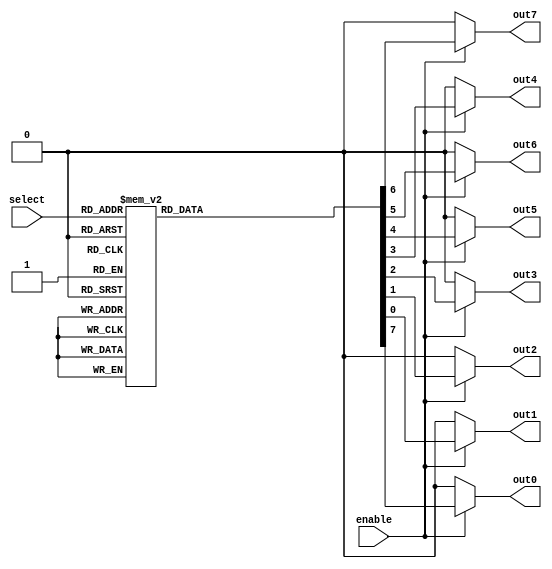
module Four_x_sixteen_decoder(select, enable, out0, out1, out2, out3, out4, out5, out6, out7);

input [2:0] select;
input enable;
output reg out0;
output reg out1;
output reg out2;
output reg out3;
output reg out4;
output reg out5;
output reg out6;
output reg out7;


always @(select or enable)begin

	if(enable)
	begin
	{out0, out1, out2, out3, out4, out5, out6, out7} = 1'b0;
	
		case(select)
		3'b000: out0=1'b1;
		3'b001: out1=1'b1;
		3'b010: out2=1'b1;
		3'b011: out3=1'b1;
		3'b100: out4=1'b1;
		3'b101: out5=1'b1;
		3'b110: out6=1'b1;
		3'b111: out7=1'b1;
	
		default {out0, out1, out2, out3, out4, out5, out6, out7} = 1'b0;
		endcase
	end
	else
	{out0, out1, out2, out3, out4, out5, out6, out7} = 1'b0;
end



endmodule